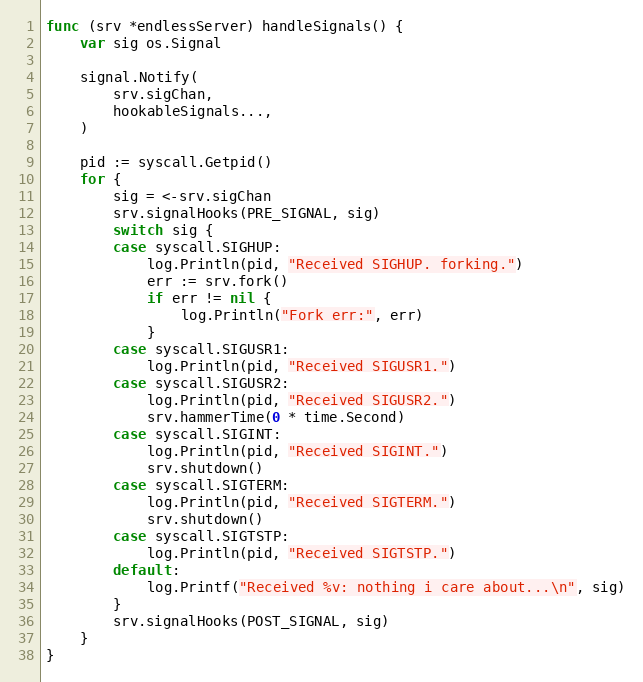
Language: Go
func (srv *endlessServer) handleSignals() {
	var sig os.Signal

	signal.Notify(
		srv.sigChan,
		hookableSignals...,
	)

	pid := syscall.Getpid()
	for {
		sig = <-srv.sigChan
		srv.signalHooks(PRE_SIGNAL, sig)
		switch sig {
		case syscall.SIGHUP:
			log.Println(pid, "Received SIGHUP. forking.")
			err := srv.fork()
			if err != nil {
				log.Println("Fork err:", err)
			}
		case syscall.SIGUSR1:
			log.Println(pid, "Received SIGUSR1.")
		case syscall.SIGUSR2:
			log.Println(pid, "Received SIGUSR2.")
			srv.hammerTime(0 * time.Second)
		case syscall.SIGINT:
			log.Println(pid, "Received SIGINT.")
			srv.shutdown()
		case syscall.SIGTERM:
			log.Println(pid, "Received SIGTERM.")
			srv.shutdown()
		case syscall.SIGTSTP:
			log.Println(pid, "Received SIGTSTP.")
		default:
			log.Printf("Received %v: nothing i care about...\n", sig)
		}
		srv.signalHooks(POST_SIGNAL, sig)
	}
}